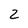
Character: 2